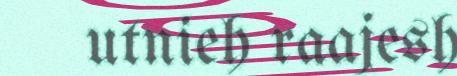
utnieh raajesh